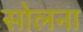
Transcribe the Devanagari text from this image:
सोलना